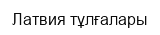
Латвия тұлғалары